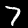
Digit: 7